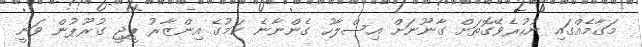
މަގާމެއްގައި ނުހުރެވޭގޮތަށް ގާނޫނަށް އިސްލާހު ގެންނާނެ ކަމުގެ އިންޒާރު ޕީޖީ ގުރޫޕުން ވަނީ